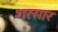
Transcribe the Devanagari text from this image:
शरसार